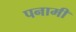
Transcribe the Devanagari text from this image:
पनामी